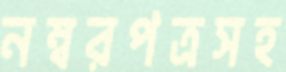
নম্বরপত্রসহ